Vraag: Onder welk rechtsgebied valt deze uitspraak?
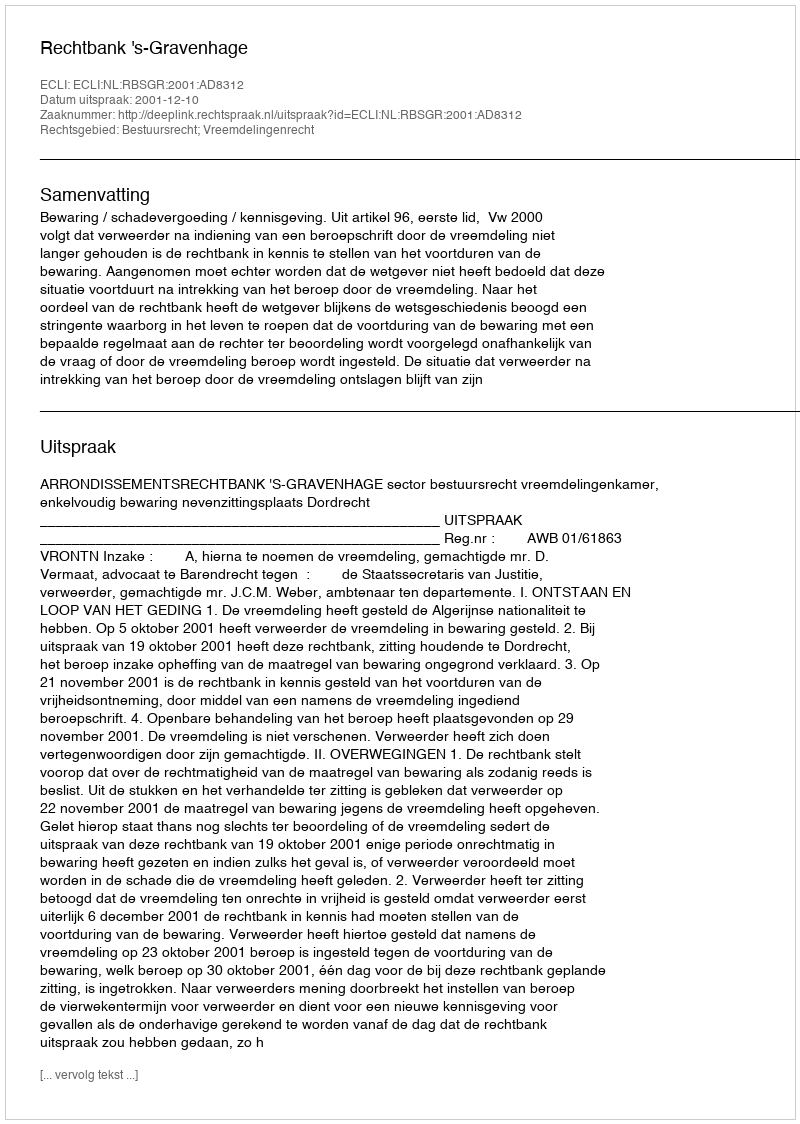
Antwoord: Bestuursrecht; Vreemdelingenrecht